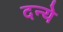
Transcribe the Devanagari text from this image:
दन्ये